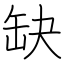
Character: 缺